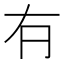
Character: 𠕆